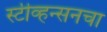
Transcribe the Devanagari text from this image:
स्टीव्हन्सनचा